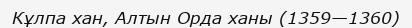
Кұлпа хан, Алтын Орда ханы (1359—1360)